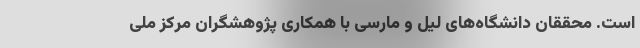
است. محققان دانشگاه‌های لیل و مارسی با همکاری پژوهشگران مرکز ملی